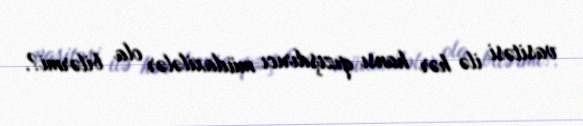
vasitəsi ilə hər hansı qızışdırıcı müdaxilələr ola bilərmi?.